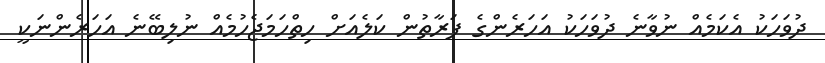
ދުވަހަކު އެކަމެއް ނުވާނެ ދުވަހަކު އަހަރެންގެ ފަރާތުން ކަލެއަށް ހިތްހަމަޖެހުމެއް ނުލިބޭނެ އަހަރެންނަކީ